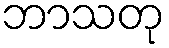
ဘာသတု